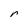
Character: r